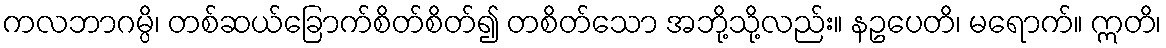
ကလဘာဂမ္ပိ၊ တစ်ဆယ်ခြောက်စိတ်စိတ်၍ တစိတ်သော အဘို့သို့လည်း။ နဥပေတိ၊ မရောက်။ ဣတိ၊